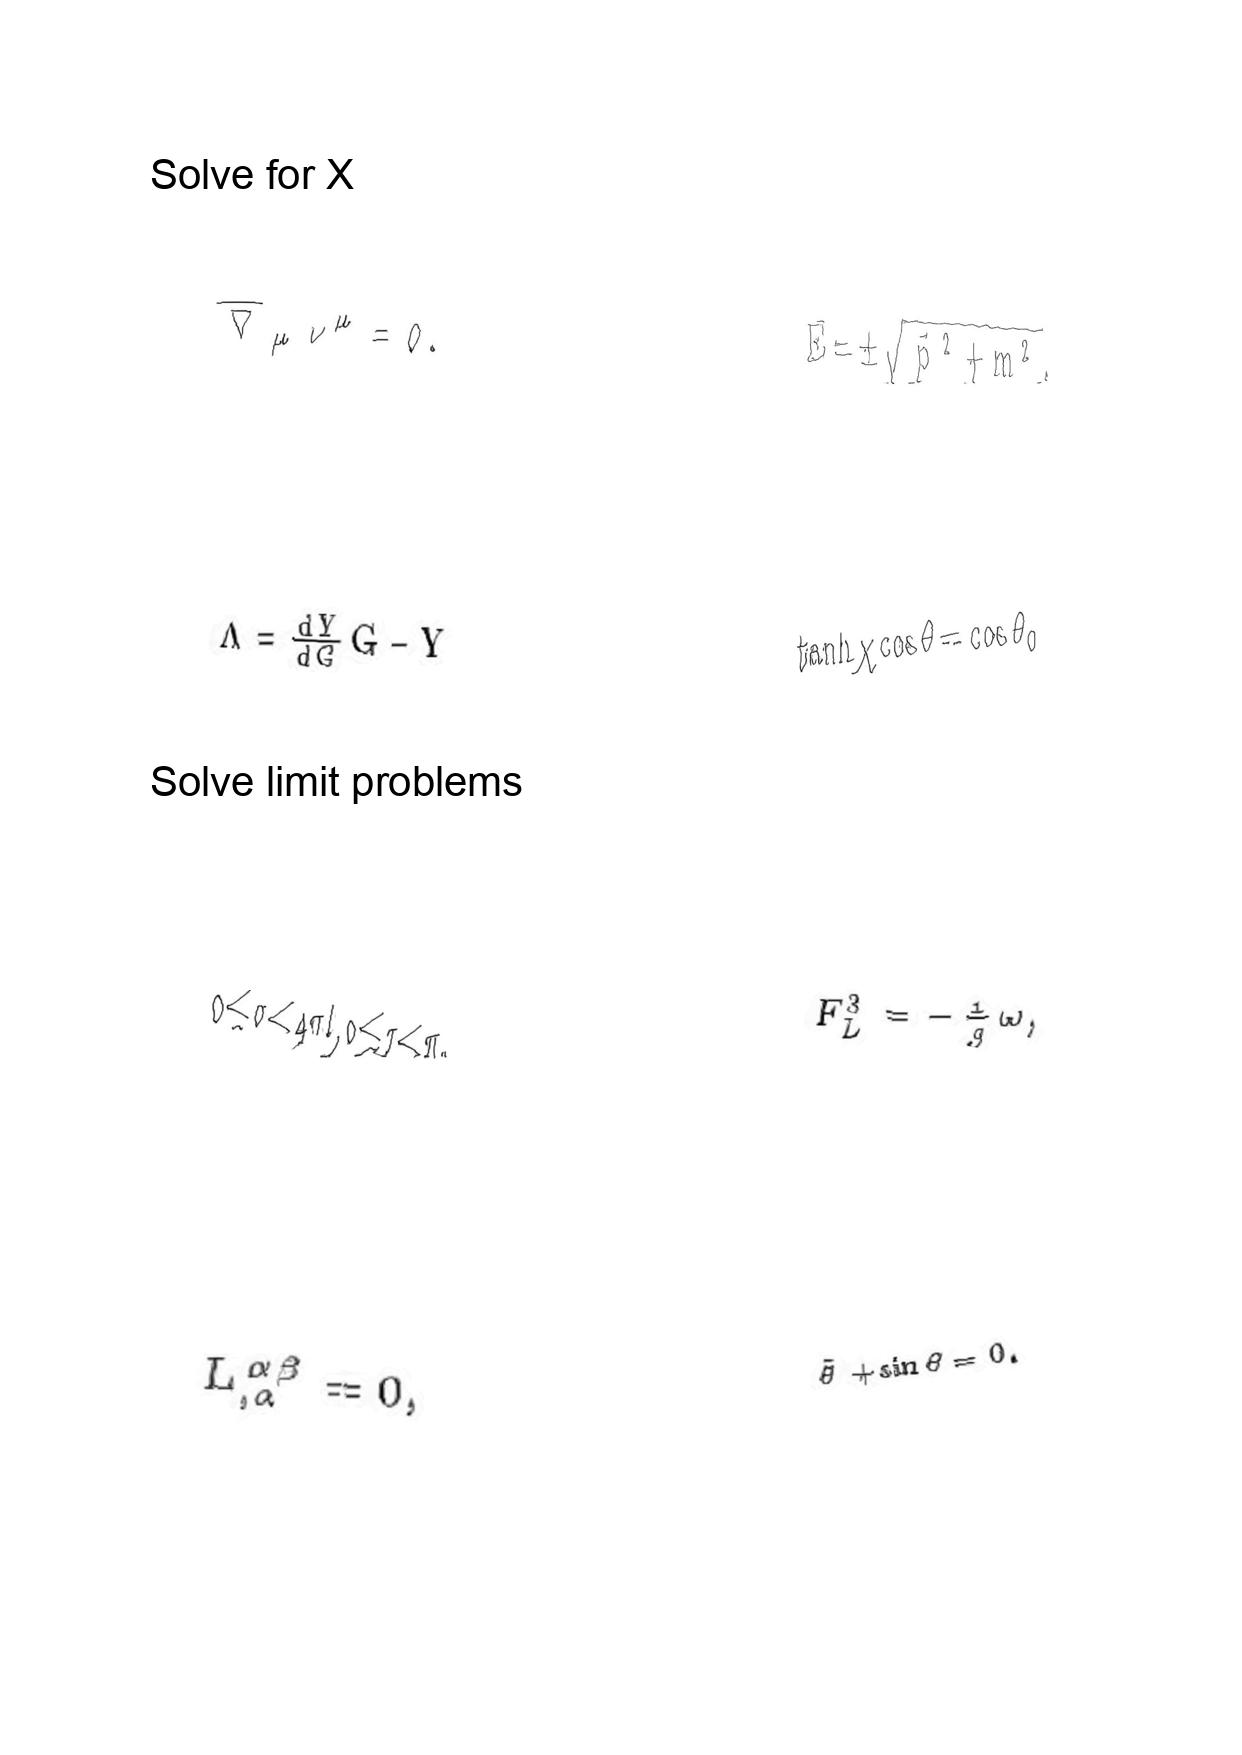
LaTeX transcription:
\overline { \nabla } _ { \mu } \nu ^ { \mu } = 0 .
\Lambda = \frac { d Y } { d G } G - Y
0 \leq \sigma \lt 4 \pi l , 0 \leq \tau \lt \pi .
L ^ { \alpha \beta } _ { , \alpha } = 0 ,
E = \pm \sqrt { \vec { p } ^ { 2 } + m ^ { 2 } } ,
\tanh \chi \cos \theta = \cos \theta _ { 0 }
F _ { L } ^ { 3 } = - \frac { 1 } { g } \omega ,
\ddot { \theta } + \sin \theta = 0 .